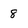
Character: 8